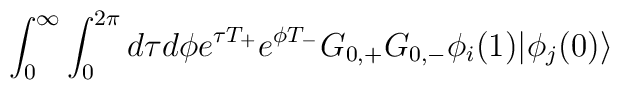
\int_{0}^{\infty} \int_{0}^{2 \pi} d \tau d \phi e^{\tau T_+}e^{\phi T_-} G_{0,+} G_{0,-} \phi_i (1) | \phi_j (0) \rangle